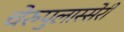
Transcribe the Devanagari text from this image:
चेरुपुलास्सेरी